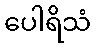
ပေါရိသံ